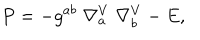
LaTeX: P = - g ^ { a b } \; \nabla _ { a } ^ { V } \; \nabla _ { b } ^ { V } - E ,